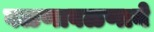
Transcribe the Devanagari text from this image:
वळणावळणाने